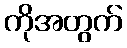
ကိုအတွက်